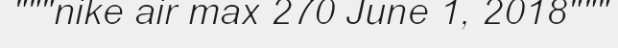
"""nike air max 270 June 1, 2018"""